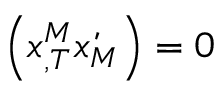
\left( x _ { , T } ^ { M } \acute { x } _ { M } \right) = 0